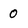
Character: 0